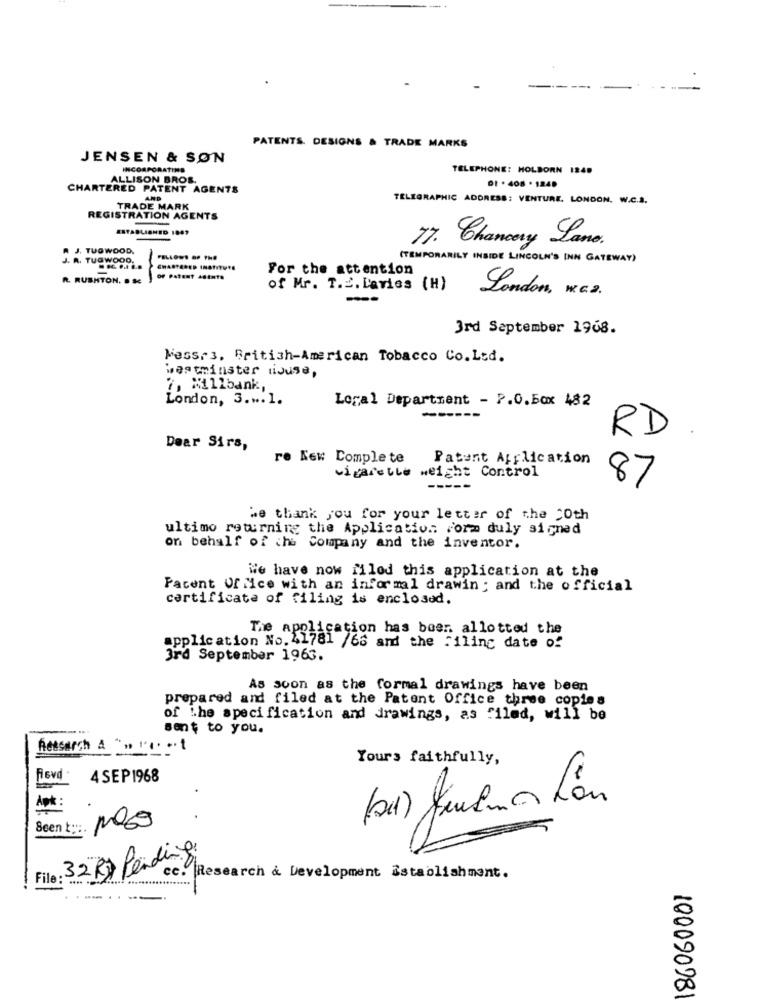
PATENTS. DESIGNS & TRADE MARKS
JENSEN & SØN
INCORPORATING
TELEPHONE: HOLBORN 1240
ALLISON BROS
DI .408 .1240
TELEGRAPHIC ADDRESS: VENTURE. LONDON. W.C.S.
TRADE MARK
REGISTRATION AGENTS
ESTABLISHED 1887
17. Chancery Lane.
A J. TUGWOOD,
J. R. TUGWOOD.
FELLOWS OP THO
(TEMPORARILY INSIDE LINCOLN'S INN GATEWAY)
For the attention
R. RUSHTON. D SC
OF Patent Astute
of Mr. T.E. Lavies (H)
London, w.c.a.
3rd September 1968.
Mess.3. British-American Tobacco Co. Ltd.
westminster liduse,
7, Millbank,
London, 3 .... 1.
Loral Department - P.O.Box 482
-----
RD
Dear Sirs,
re New Complete
Patent Application
cigarette weight Control
87
we thank you for your letter of the "Oth
ultimo returning the Application Form duly signed
on behalf of the Company and the inventor.
We have now filed this application at the
Pacent Of Nice with an informal drawin ; and the official
certificate of filing is enclosed.
The application has been allotted the
application No. 41781 /66 and the filing date of
3rd September 1963.
As soon as the formal drawings have been
prepared and filed at the Patent Office three copies
of the specification and drawings, as filed, will be
sent to you.
Research & "" "'0. .. .
Yours faithfully,
Rovd .
4 SEP 1968
.
Aøk :
Seen t :::.
File : 32 Rx Pending
cc. Research & Development Establishment.
------
10009078